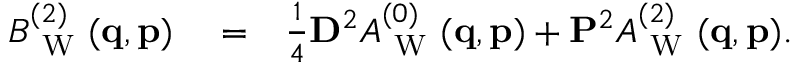
\begin{array} { r l r } { B _ { \mathrm { ~ W ~ } } ^ { ( 2 ) } ( \ensuremath { \mathbf { q } } , \ensuremath { \mathbf { p } } ) } & { { } = } & { \frac { 1 } { 4 } \ensuremath { \mathbf { D } } ^ { 2 } A _ { \mathrm { ~ W ~ } } ^ { ( 0 ) } ( \ensuremath { \mathbf { q } } , \ensuremath { \mathbf { p } } ) + \ensuremath { \mathbf { P } } ^ { 2 } A _ { \mathrm { ~ W ~ } } ^ { ( 2 ) } ( \ensuremath { \mathbf { q } } , \ensuremath { \mathbf { p } } ) . } \end{array}